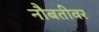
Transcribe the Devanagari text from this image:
नौबतीवर